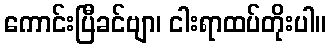
ကောင်းပြီခင်ဗျာ၊ ငါးရာထပ်တိုးပါ။